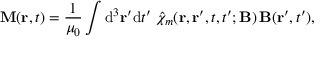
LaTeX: \mathbf { M } ( \mathbf { r } , t ) = { \frac { 1 } { \mu _ { 0 } } } \int \mathrm { { d } } ^ { 3 } \mathbf { r } ^ { \prime } \mathrm { { d } } t ^ { \prime } \; { \hat { \chi } } _ { m } ( \mathbf { r } , \mathbf { r } ^ { \prime } , t , t ^ { \prime } ; \mathbf { B } ) \, \mathbf { B } ( \mathbf { r } ^ { \prime } , t ^ { \prime } ) ,